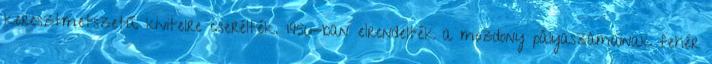
keresztmetszetű kivitelre cserélték. 1956-ban elrendelték a mozdony pályaszámainak fehér